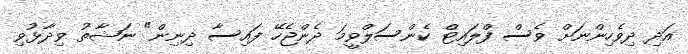
އަދި ދިވެހިންނަށް ވެސް ފްލައިޓް ކެންސަލްވީމަ ދެންޖެހޭ ފައިސާ ދިނިން" ނަޝާތު ވިދާޅުވި